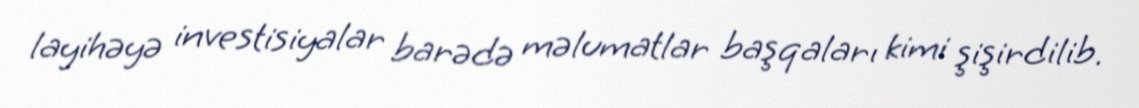
layihəyə investisiyalar barədə məlumatlar başqaları kimi şişirdilib.